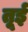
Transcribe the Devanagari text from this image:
तूई